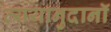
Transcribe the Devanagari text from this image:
व्ययानुदानॉ